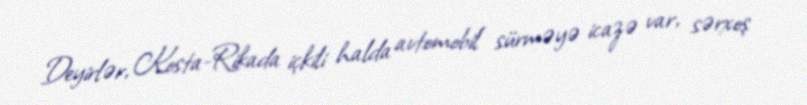
Deyirlər, Kosta-Rikada içkili halda avtomobil sürməyə icazə var, sərxoş